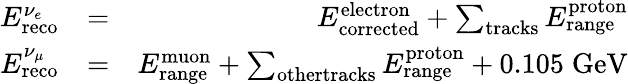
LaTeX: \begin{array}{rlr}{E_{\textrm{reco}}^{\nu_{e}}}&{=}&{E_{\textrm{corrected}}^{\textrm{electron}}+\sum_{\textrm{tracks}}E_{\textrm{range}}^{\textrm{proton}}}\\ {E_{\textrm{reco}}^{\nu_{\mu}}}&{=}&{E_{\textrm{range}}^{\textrm{muon}}+\sum_{\textrm{othertracks}}E_{\textrm{range}}^{\textrm{proton}}+0.105\; \textrm{GeV}}\end{array}